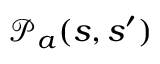
\mathcal { P } _ { a } ( s , s ^ { \prime } )